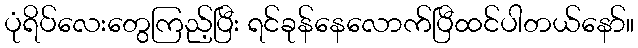
ပုံရိပ်လေးတွေကြည့်ပြီး ရင်ခုန်နေလောက်ပြီထင်ပါတယ်နော်။